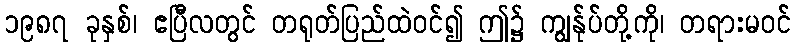
၁၉၈၇ ခုနှစ်၊ ဧပြီလတွင် တရုတ်ပြည်ထဲဝင်၍ ဤ၌ ကျွန်ုပ်တို့ကို၊ တရားမဝင်